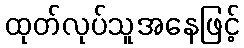
ထုတ်လုပ်သူအနေဖြင့်